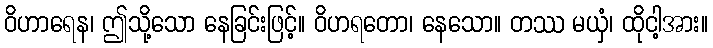
ဝိဟာရေန၊ ဤသို့သော နေခြင်းဖြင့်။ ဝိဟရတော၊ နေသော။ တဿ မယှံ၊ ထိုငါ့အား။